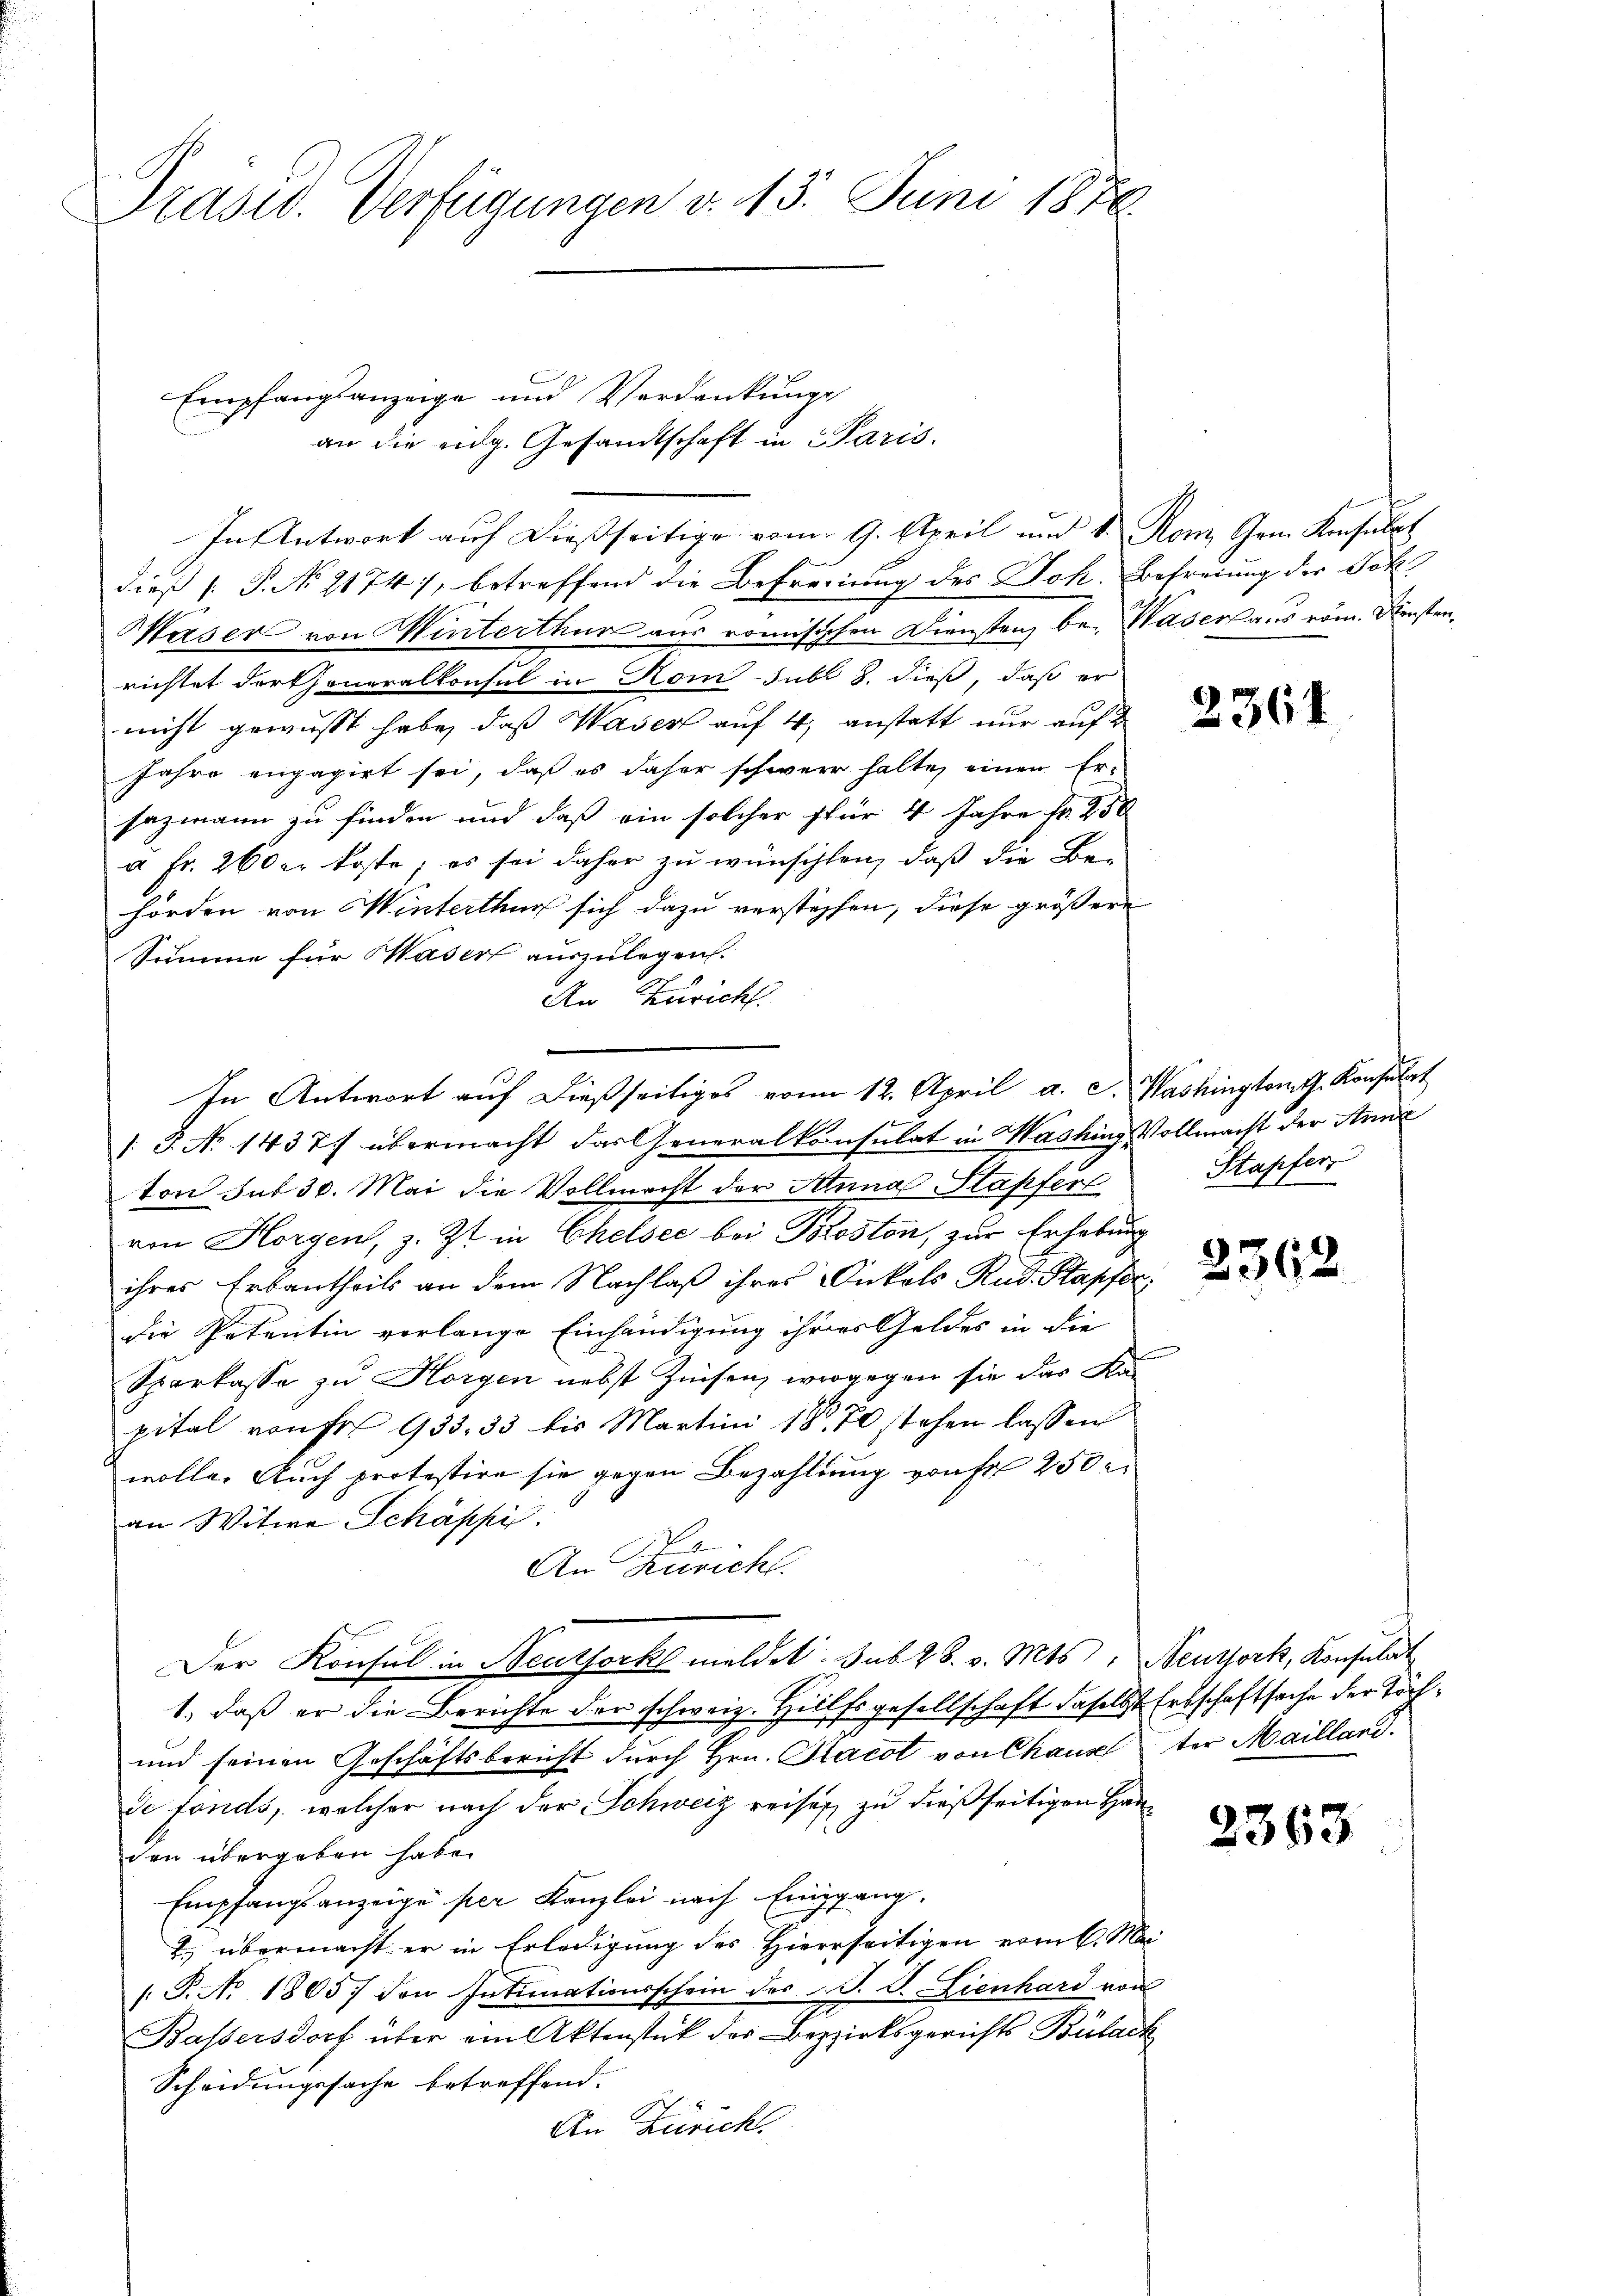
Präsid. Verfügungen d. 13. Juni 1876

dieß (: P. No 21747, betreffend die Befreiung des Joh. Befreiung der Joh.
Waser von Winterthur aus romisischen Dienstanz bei Wasers aus vom Fensten,
richtet der Generalkonsul in Hom-Jubl 8. dieß, daß er
nicht gewusst habe, daß Waser auf 4, anstatt nur auf 2
Jahre engagirt sei, daß es daher schwere halte, einen Er-
sazmann zu finden und daß ein solcher für 4 Jahre fr. 250
à Fr. 260 er koste; es sei daher zu wünschten, daß die Behörden von Winterthur sich dazu verstehen, diese größere
Summe für Wasert auszulegen.
An Zürich.
/: P. No 1437. übermacht das Generalkonsulat in Washing Vollmacht der Anne
ton sub 30. Mai die Vollmacht der Anna Stapferl
von Horgen, z. Zt. in Chelsee bei Poston, zur Erhebung
ihres Erbantheils an dem Nachlaß ihres Onkels Rud. Stapfer
die Petentin verlange Einhändigung ihrer Geldes in die
Sparkasse zu Horgen nebst Zinsen, wogegen sie das Ka
pital von Fr. 935. 33 bis Martini 1870 stehen lassen
wolle. Auch protestire sie gegen Bezahlung von Fr. 250
an Witwe Schäppi
An Züricht.
Der Konsul in Neuthork meldet sub 28. v. Mts., Neussork, Konsulat
1., daß er die Berichte der schweiz. Hülfsgesellschaft daselbst Erbschaftsache der Töch¬
und seinen Geschäftsbericht durch Hrn. Stacot von Chaux ter Mailland.
de fonds, welcher nach der Schweiz reises, zu dießseitigen Hauden übergeben habe.
Empfangsanzeige per Kanzlei nach Eingang.
2. übermacht er in Erledigung des Hierseitigen erint. Mei-
/: P. No. 1865 den Intimationsschein des P. V. Lienhard von
Bassersdorf über am Aktenstück der Bezirksgerichts Bülach
Scheidungssache betreffend.
An Züricht.

Empfangsanzeige und Verdankungs

an die eidg. Gesandtschaft in Paris.
In Antwort auf dießseitige vom 9. April und v. Rom Germ. Konsulat

In Antwort auf dießseitiges vom 12. April a. c. Washington G. Konsulat

2361

Stapfers

2362.

2363